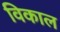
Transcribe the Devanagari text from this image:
विकाल